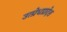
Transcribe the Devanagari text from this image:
उत्प्रेधप्रादेश